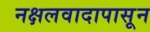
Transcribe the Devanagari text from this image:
नक्षलवादापासून